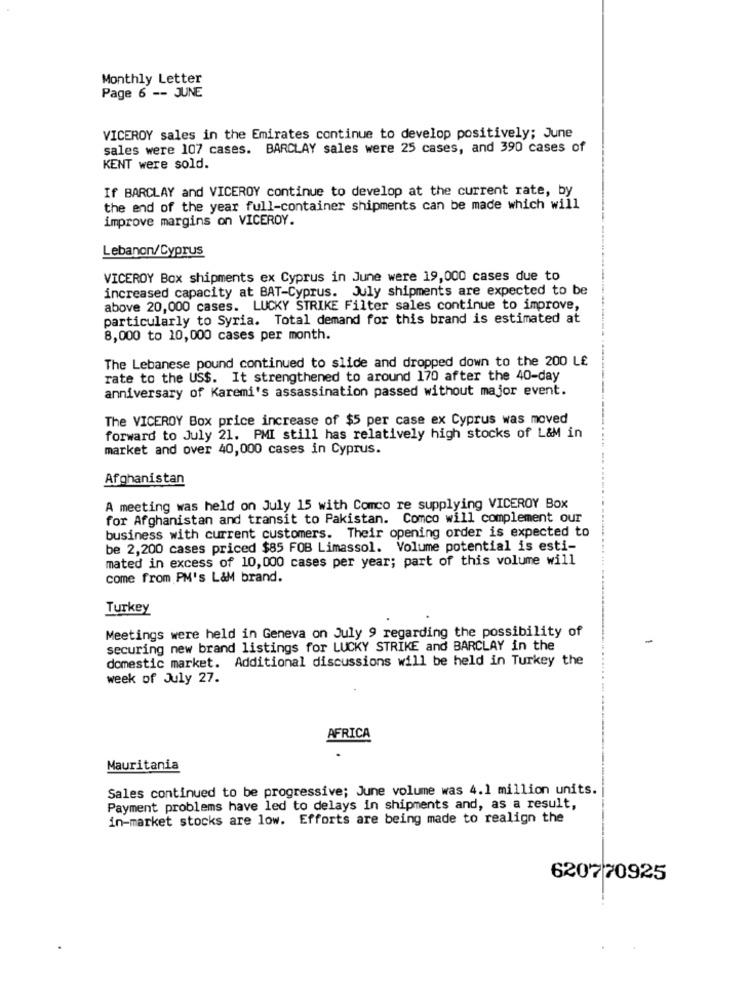
Monthly Letter
Page 6 -- JUNE
VICEROY sales in the Emirates continue to develop positively; June
sales were 107 cases. BARCLAY sales were 25 cases, and 390 cases of
KENT were sold.
If BARCLAY and VICEROY continue to develop at the current rate, by
the end of the year full-container shipments can be made which will
improve margins on VICEROY.
Lebanon/Cyprus
VICEROY Box shipments ex Cyprus in June were 19,000 cases due to
increased capacity at BAT-Cyprus. July shipments are expected to be
above 20,000 cases. LUCKY STRIKE Filter sales continue to improve,
particularly to Syria. Total demand for this brand is estimated at
8,000 to 10,000 cases per month.
The Lebanese pound continued to slide and dropped down to the 200 LE
rate to the US$. It strengthened to around 170 after the 40-day
anniversary of Karemi's assassination passed without major event.
The VICEROY Box price increase of $5 per case ex Cyprus was moved
forward to July 21. PMI still has relatively high stocks of L&M in
market and over 40,000 cases in Cyprus.
Afghanistan
A meeting was held on July 15 with Comco re supplying VICEROY Box
for Afghanistan and transit to Pakistan. Comco will complement our
business with current customers. Their opening order is expected to
be 2,200 cases priced $85 FOB Limassol. Volume potential is esti-
mated in excess of 10,000 cases per year; part of this volume will
come from PM's L&M brand.
Turkey
Meetings were held in Geneva on July 9 regarding the possibility of
securing new brand listings for LUCKY STRIKE and BARCLAY in the
domestic market. Additional discussions will be held in Turkey the
week of July 27.
AFRICA
Mauritania
Sales continued to be progressive; June volume was 4.1 million units.
Payment problems have led to delays in shipments and, as a result,
in-market stocks are low. Efforts are being made to realign the
620770925